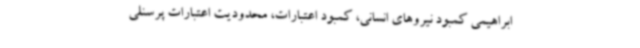
ابراهیمی کمبود نیروهای انسانی، کمبود اعتبارات، محدودیت اعتبارات پرسنلی